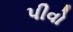
પીવો